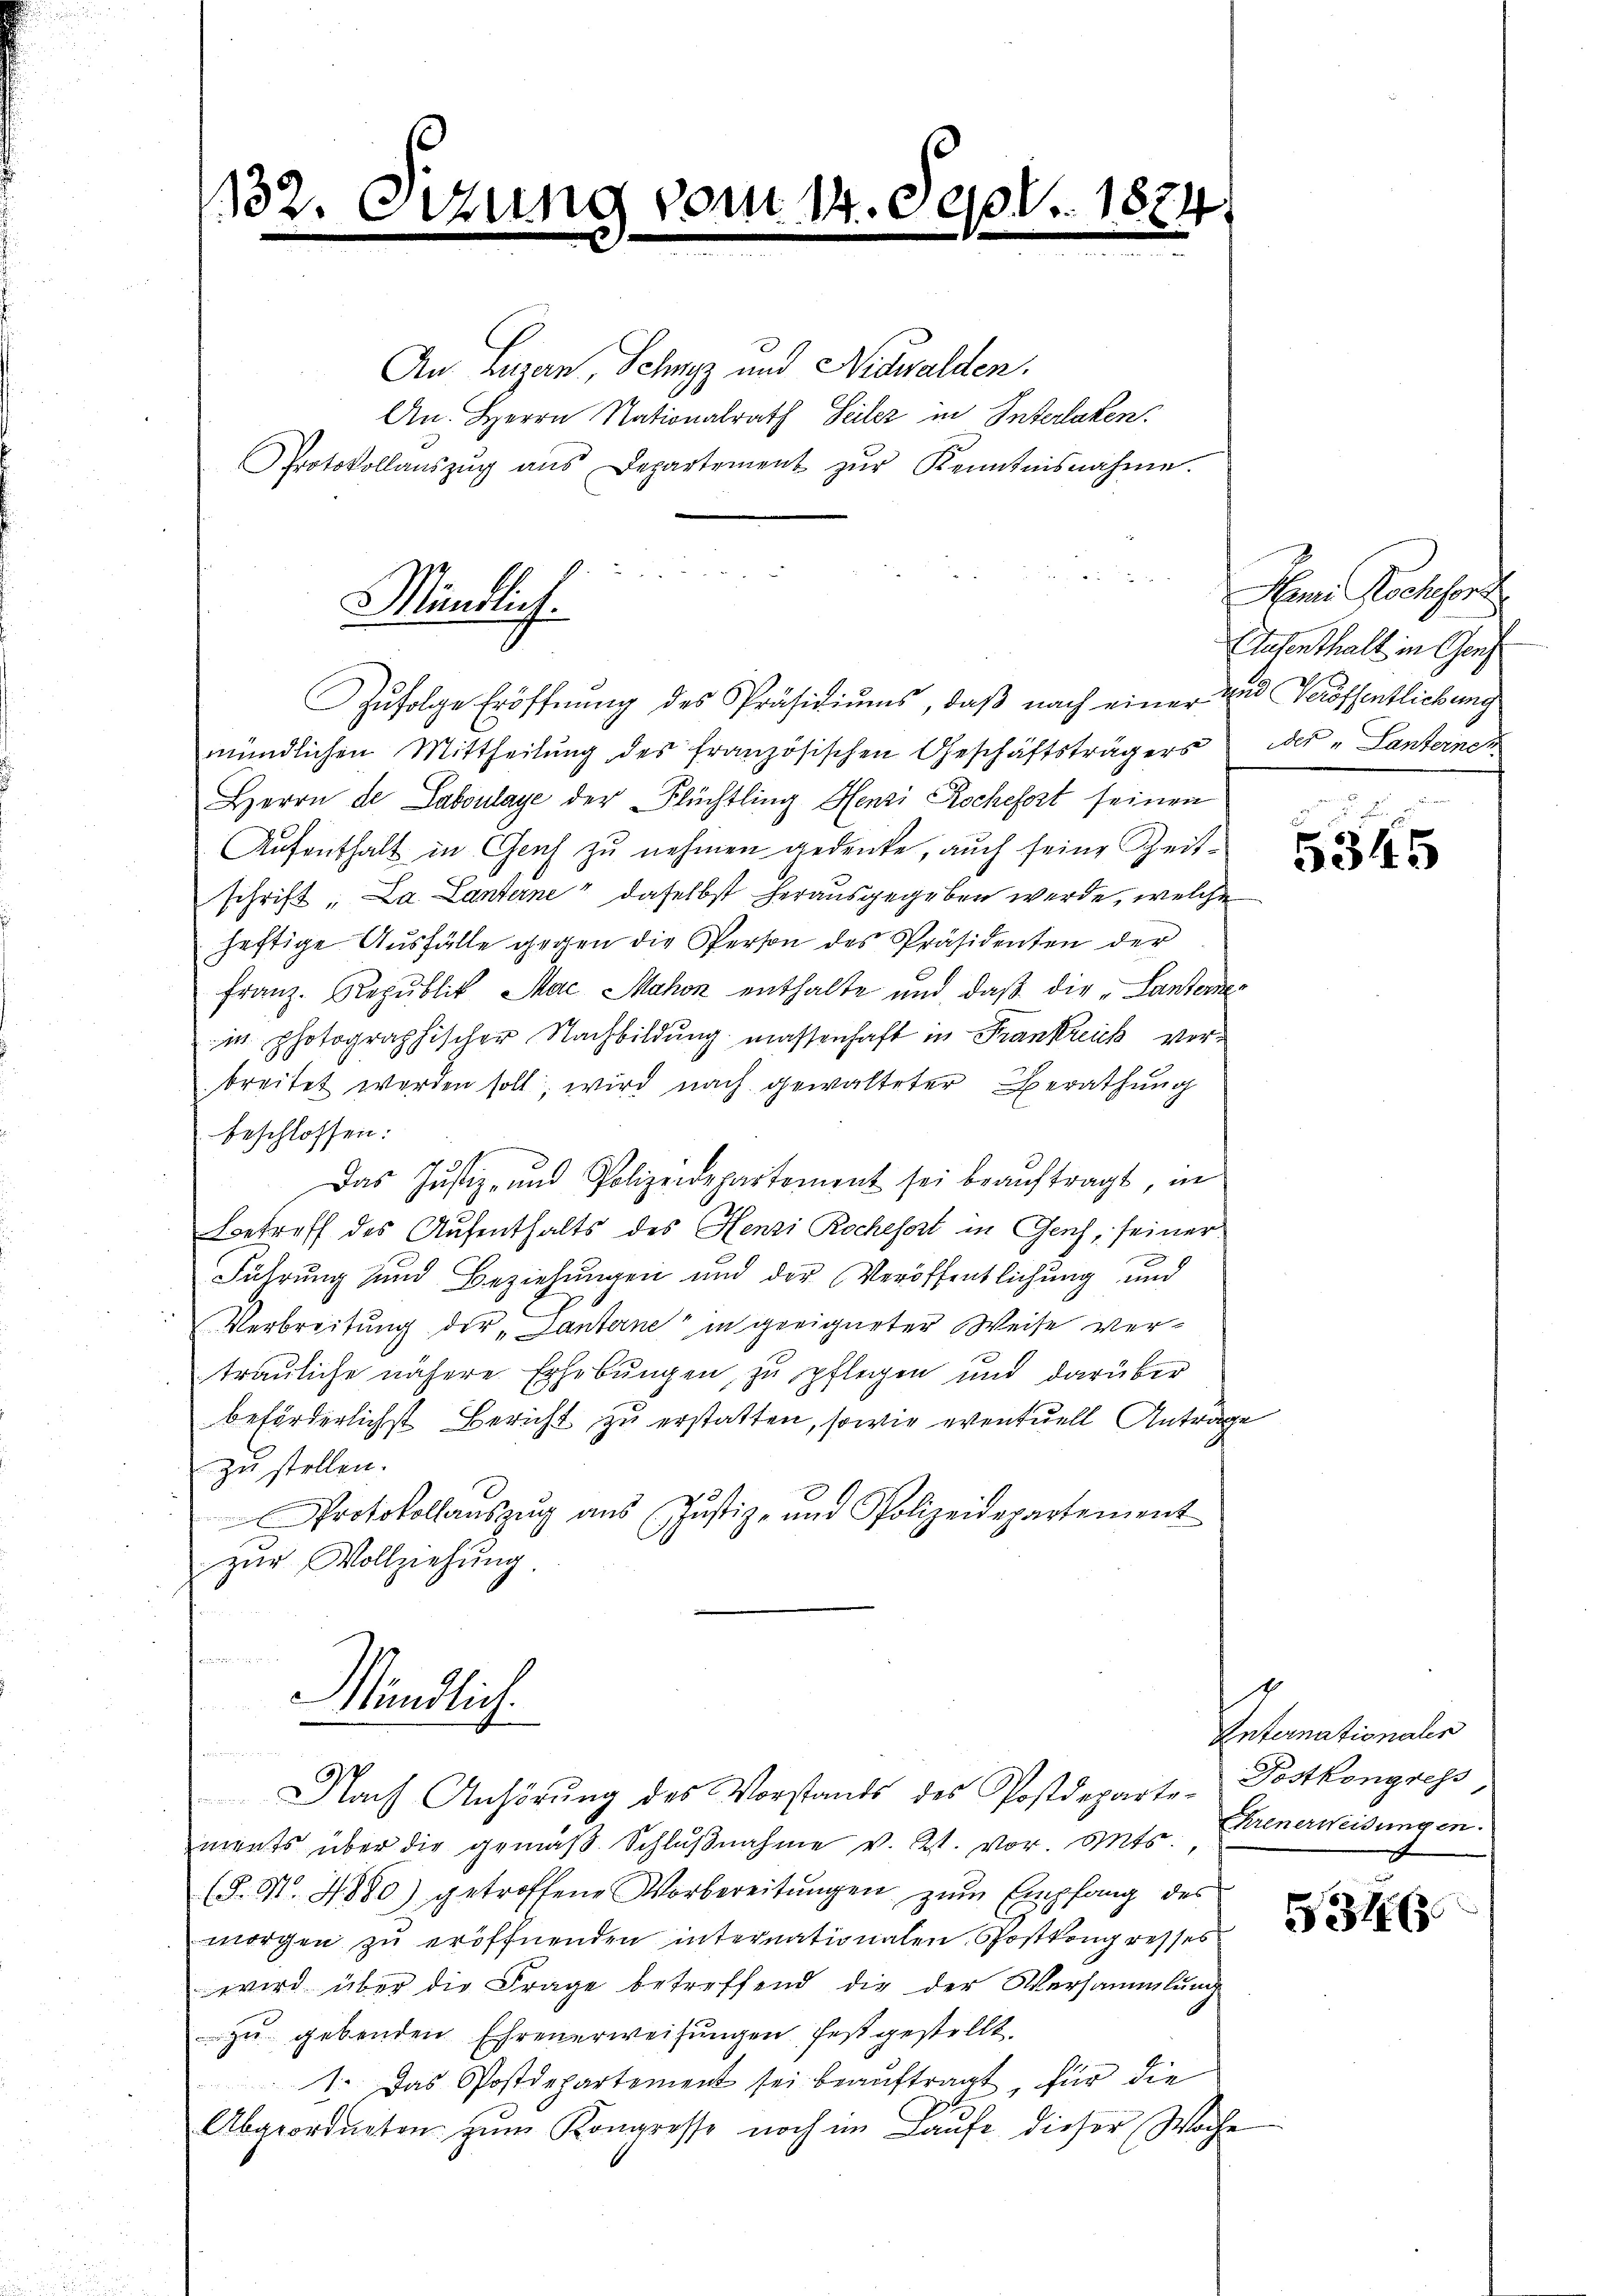
13

Mündlich.

A. 14,000. 1874
m
m
e
.

An Lugan, Schwyz und Nidwalden.
An. Herrn Nationalrath Seiler in Interlaken
Protokollaŭszŭg ans Departement zŭr Kenntnisnahme.

e
Zŭfolge Eröffnŭng des Präsidiŭms, daβ nach einer und Veröffentlichung
mündlichen Mittheilung des französischen Geschäftsträgers
Herrn de Laboulage der Flüchtling Henzi Rochefort seinen
Aufenthalt in Genf zu nehmen gedenke, auch seine Zeitschrift „La Lanterne daselbst herausgegeben werde, welche
heftige Aŭsfälle gegen die Person des Präsidenten der
Franz. Republik, Mac Mahon enthalte und daß die "Lanterner
in photographischer Nachbildung massenhaft in Frankreich verbreitet werden soll, wird nach gewalteter Berathung
beschlossen:
Das Justiz- und Polizeidepartement sei beaŭftragt, in
Betreff des Aufenthalts des Henzi Rochesort in Gesch, seiner
Führung und Beziehungen und der Veröffentlichung und
Verbreitung der „Tanterne in geeigneter Weise vertrauliche nähere Erhebungen, zu pflegen und darüber
beförderlichst Bericht zu erstatten, sowie eventuell Anträge
zu stellen.
Protokollaŭszŭg aŭs (Justiz- und Polizeidepartement
zŭr Vollziehung
e
Mündlich.
L 1
e
n
Nach Anhörung des Vorstands des Postdeparte-Postkongress
ments über die gemäβ Schlŭβnahme v. Zt. vor. Mts. Frenerweisungen.
(§. 3. 4880) getroffene Vorbereitŭngen zŭm Empfang des
morgen zu eröffnenden internationalen Postkongresses
wird über die Frage betreffend die der Versammlung
zu gebenden Ehrenerweisungen festgestellt.
1. Das Postdepartement sei beauftragt, für die
Abgeordneten zŭm Kongresse noch im Laŭfe dieser Woche

Pani Nachford
Aufenthalt in Genf
der "Lanterneh

u
5345

Intemationales

5316